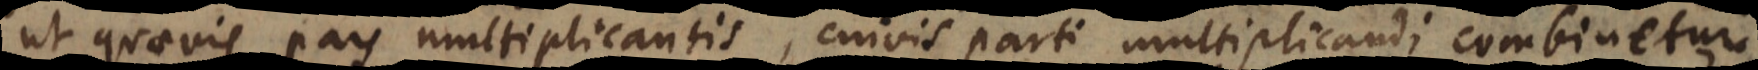
ut quaevis pars multiplicantis, cuivis parti multiplicandi combinetur.